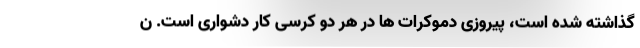
گذاشته شده است، پیروزی دموکرات ها در هر دو کرسی کار دشواری است. ن